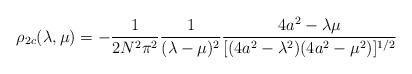
LaTeX: \begin{align*}\rho_{2c}(\lambda,\mu) = - {1\over{2N^{2}\pi^{2}}}{1\over{(\lambda-\mu)^{2}}} {{4a^{2} - \lambda\mu}\over{[(4a^{2} -\lambda^{2})(4a^{2} - \mu^{2})]^{1/2}}}\end{align*}